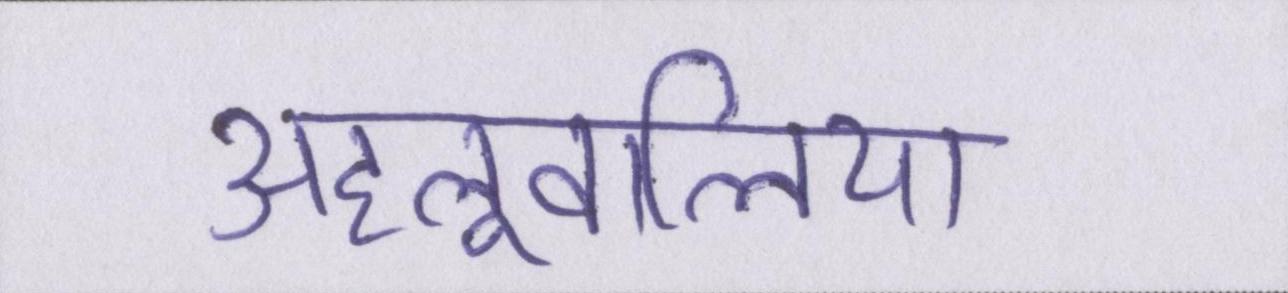
अहलूवालिया